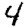
Digit: 4